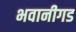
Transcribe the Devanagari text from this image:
भवानीगड